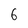
Character: 6